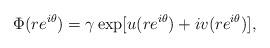
LaTeX: \begin{align*}\Phi(re^{i\theta})=\gamma\exp[u(re^{i\theta})+iv(re^{i\theta})],\end{align*}